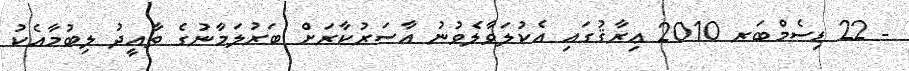
- 22 ޑިސެމްބަރ 2010 ޢިރާޤުގައި އެކުލަވާލެވުނު އާސަރުކާރަށް ބަރުލަމާނުގެ ތާއީދު ލިބުމާއެކު